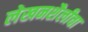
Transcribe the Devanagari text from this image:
लेखनशैलीचा